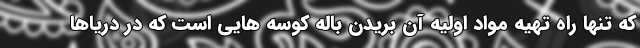
که تنها راه تهیه مواد اولیه آن بریدن باله کوسه هایی است که در دریاها